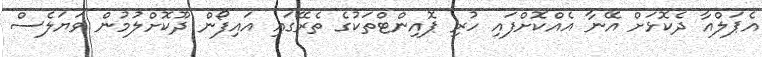
އެޕަލްއާ ދެކޮޅަށް އޭނާ އެއްކޮށްފައި ހުރި ޕޮއިންޓްތަކުގެ ތެރޭގައި އައިފޯން ދޫކޮށްލުމުން ވަޔަލެސް